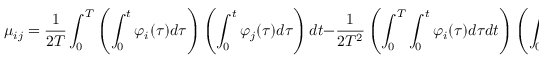
\mu _ { i j } = \frac { 1 } { 2 T } \int _ { 0 } ^ { T } \left( \int _ { 0 } ^ { t } \varphi _ { i } ( \tau ) d \tau \right) \left( \int _ { 0 } ^ { t } \varphi _ { j } ( \tau ) d \tau \right) d t - \frac { 1 } { 2 T ^ { 2 } } \left( \int _ { 0 } ^ { T } \int _ { 0 } ^ { t } \varphi _ { i } ( \tau ) d \tau d t \right) \left( \int _ { 0 } ^ { T } \int _ { 0 } ^ { t } \varphi _ { j } ( \tau ) d \tau d t \right)